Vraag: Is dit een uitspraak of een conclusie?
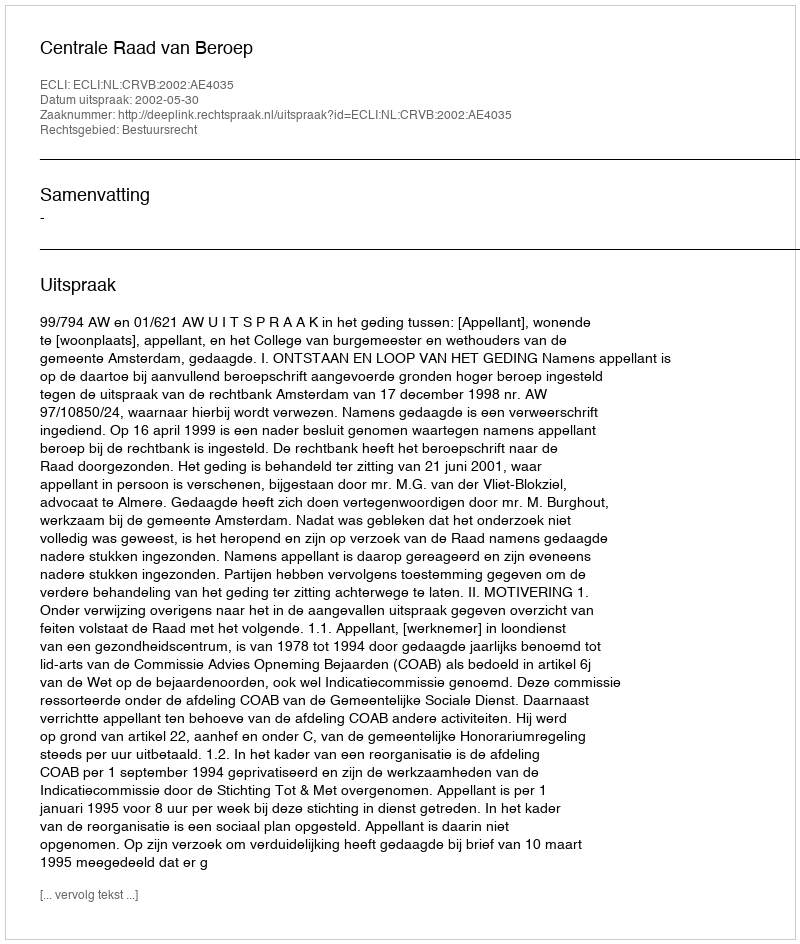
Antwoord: Uitspraak